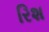
રિશ